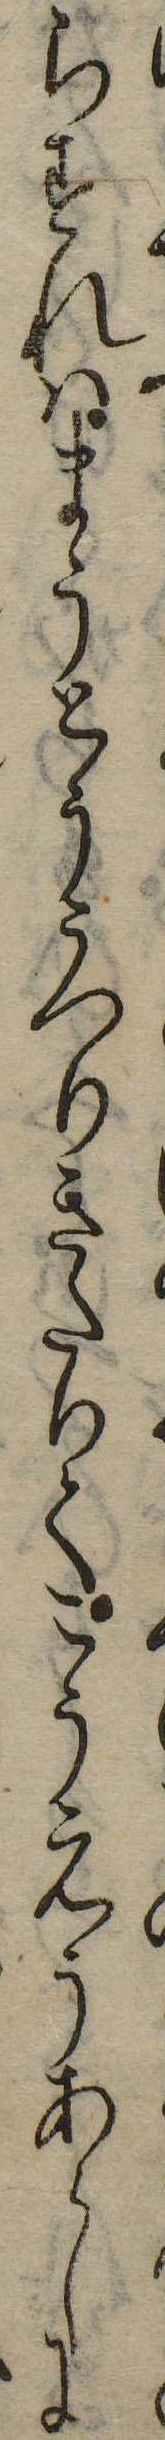
らすれはまうとううつりきたりてこうえうあらしに